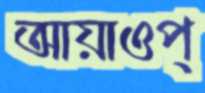
আয়াওপ্